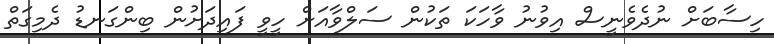
ހިސާބަށް ނުދެވެނީސް އިވުނު ވާހަކަ ތަކުން ސަލްވާއަށް ހީވީ ފައިދަށުން ބިންގަނޑު ދެމިގަތް